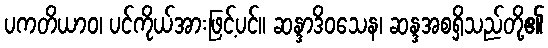
ပကတိယာဝ၊ ပင်ကိုယ်အားဖြင့်ပင်။ ဆန္ဒာဒိဝသေန၊ ဆန္ဒအစရှိသည်တို့၏